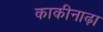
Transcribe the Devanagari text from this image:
काकीनाढ़ा